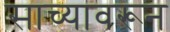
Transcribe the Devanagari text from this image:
साच्यावरून